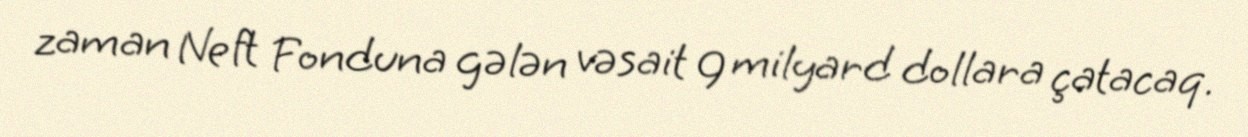
zaman Neft Fonduna gələn vəsait 9 milyard dollara çatacaq.